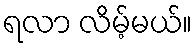
ရလာ လိမ့်မယ်။